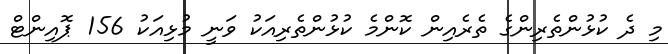
މި ދެ ކުޅުންތެރިންގެ ތެރެއިން ކޮންމެ ކުޅުންތެރިއަކު ވަނީ މުޅިއަކު 156 ޕޮއިންޓް